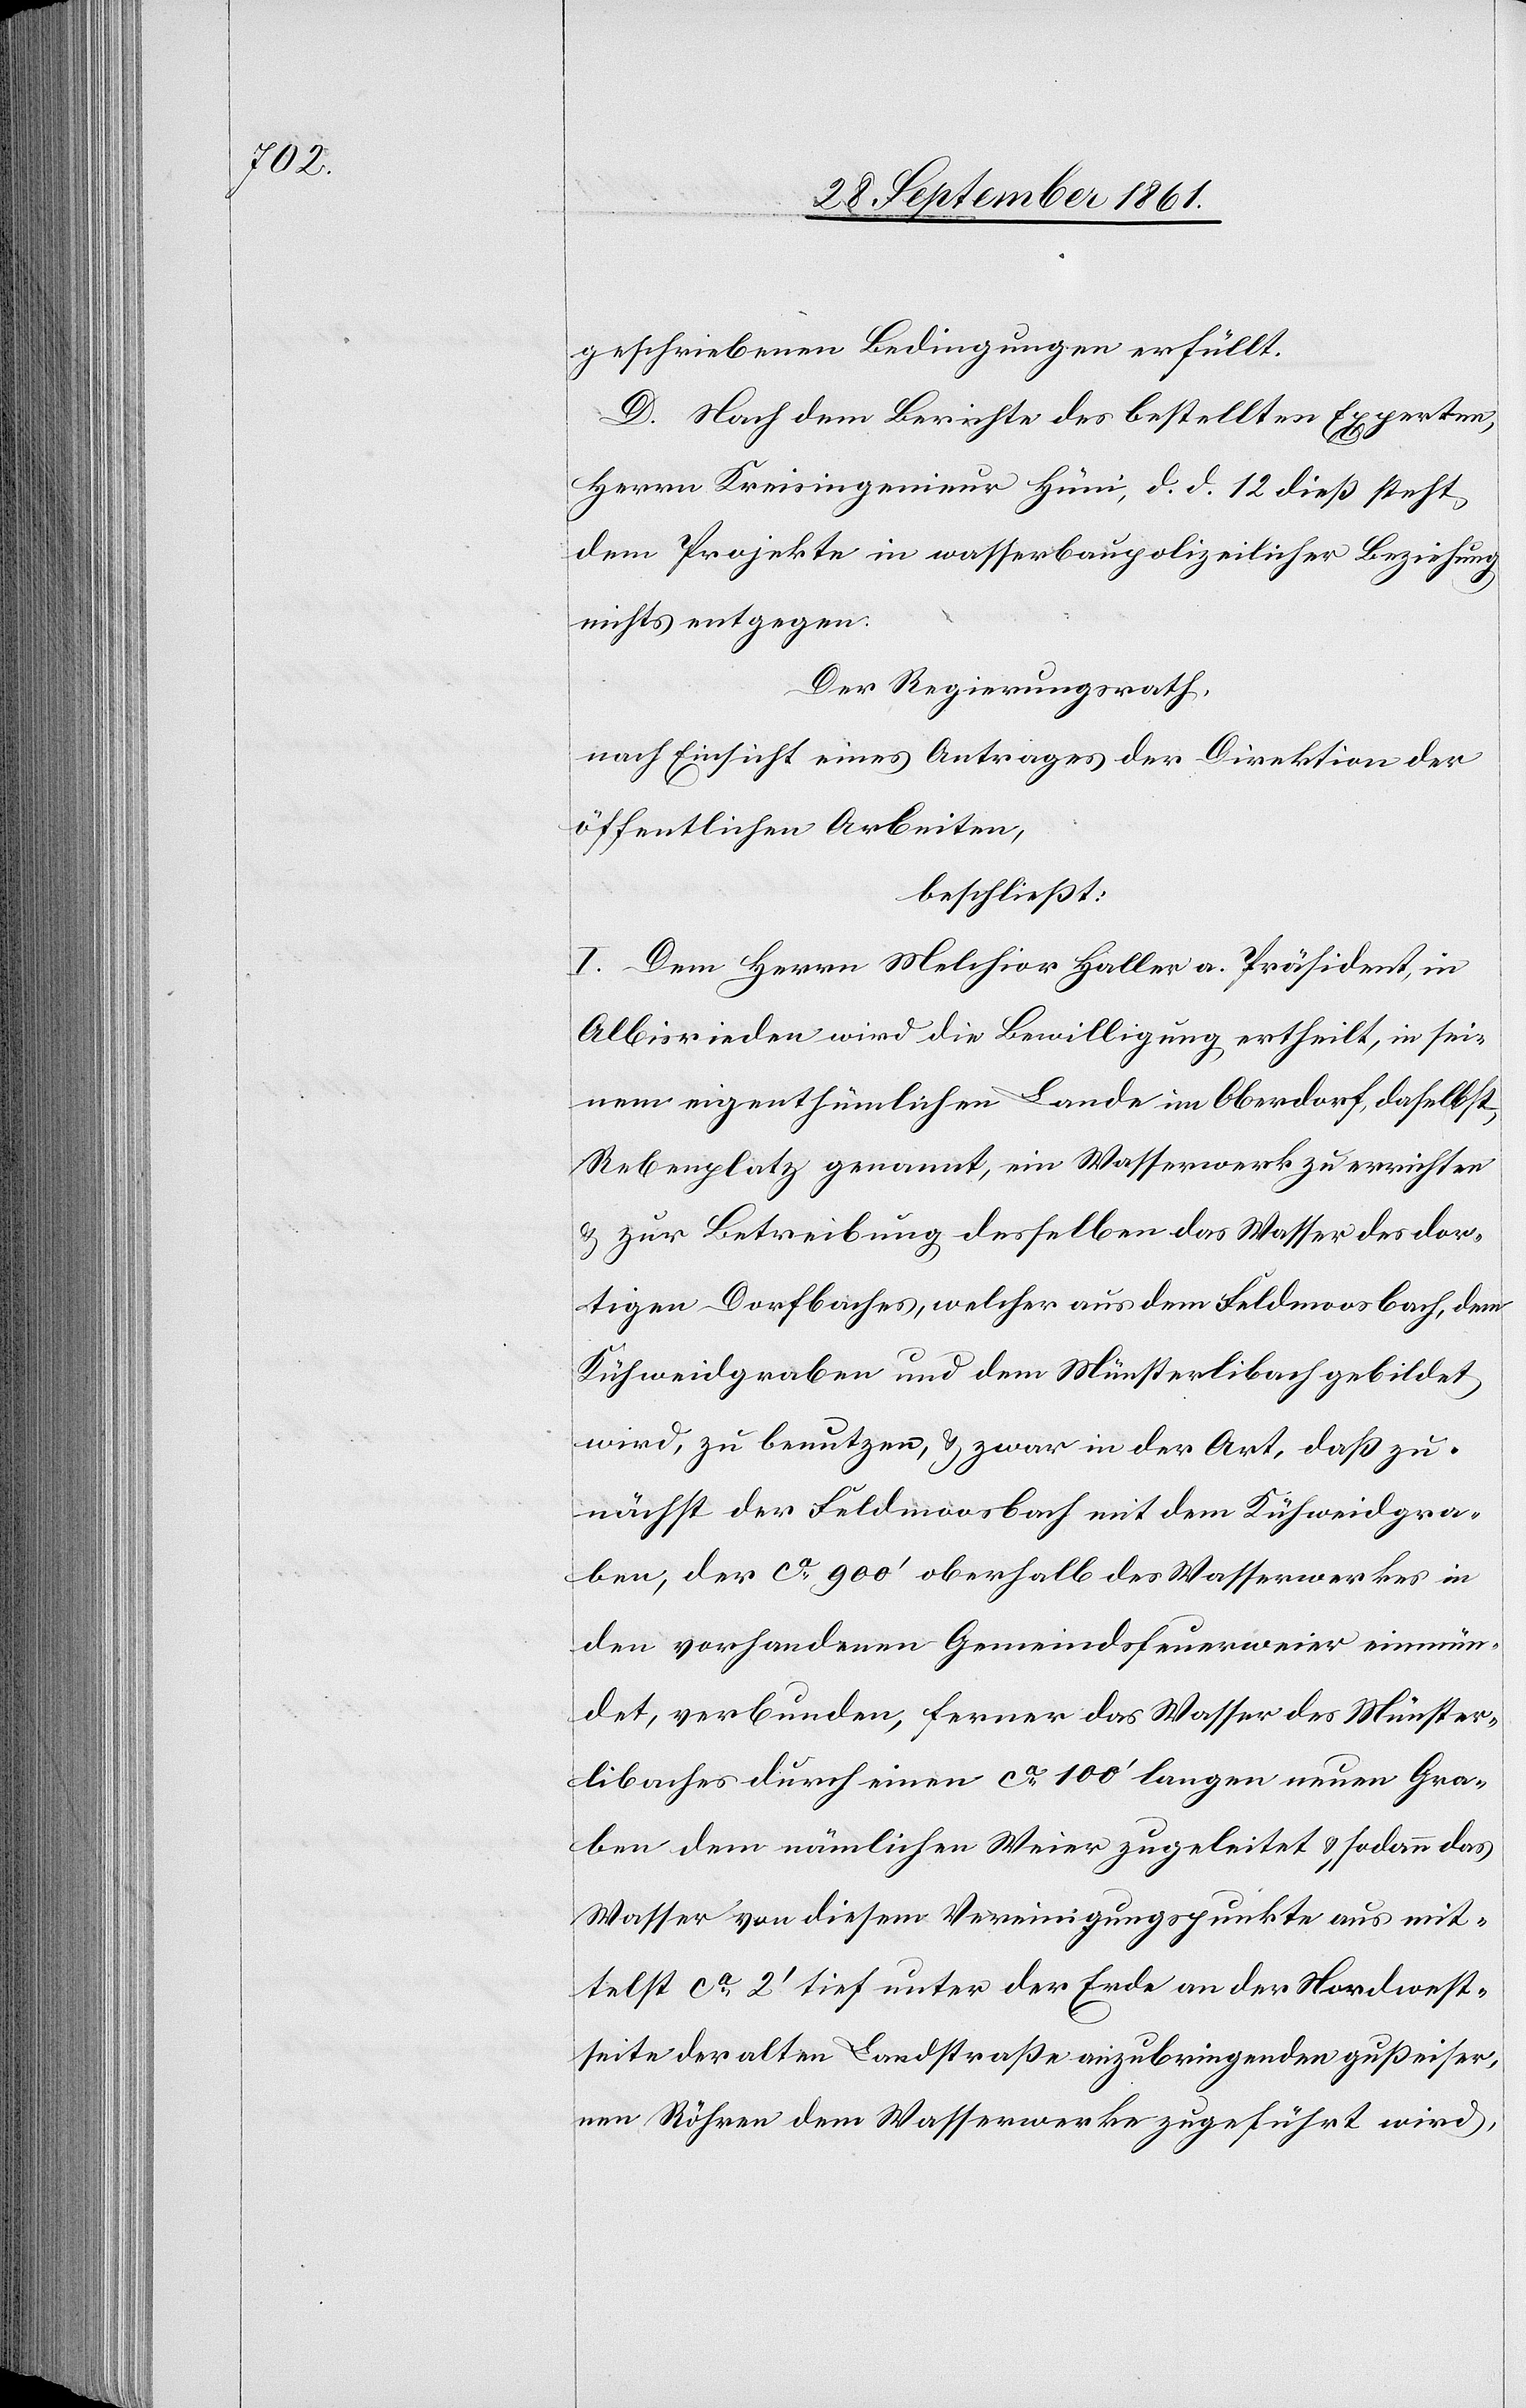
geschriebenen Bedingungen erfüllt.
D. Nach dem Berichte des bestellten Experten,
Herrn Kreisingenieur Hüni, d. d. 12 dieß steht
dem Projekte in wasserbaupolizeilicher Beziehung
nichts entgegen.
Der Regierungsrath,
nach Einsicht eines Antrages der Direktion der
öffentlichen Arbeiten,
beschließt:
I. Dem Herrn Melchior Haller a. Präsident, in
Albisrieden wird die Bewilligung ertheilt, in sei¬
nem eigenthümlichen Lande in Oberdorf, daselbst,
Rebenplatz genannt, ein Wasserwerk zu errichten
u. zur Betreibung desselben das Wasser des dor¬
tigen Dorfbaches, welcher aus dem Feldmoosbach, dem
Kühweidgraben und dem Münsterlibach gebildet
wird, zu benutzen, u. zwar in der Art, daß zu¬
nächst der Feldmoosbach mit dem Kühweidgra¬
ben, der ca 900’ oberhalb des Wasserwerkes in
den vorhandenen Gemeindsfeuerweier einmün¬
det, verbunden, ferner das Wasser des Münster¬
libaches durch einen ca 100’ langen neuen Gra¬
ben dem nämlichen Weier zugeleitet u. sodann das
Wasser von diesem Vereinigungspunkte aus mit¬
telst ca 2’ tief unter der Erde an die Nordwest¬
seite der alten Landstraße anzubringenden gußeiser¬
nen Röhren dem Wasserwerke zugeführt wird,